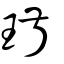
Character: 琡